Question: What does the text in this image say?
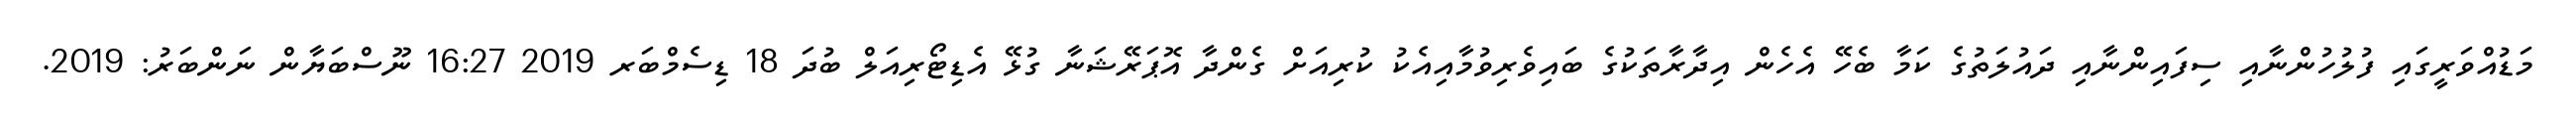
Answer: މަޑުއްވަރީގައި ފުލުހުންނާއި ސިފައިންނާއި ދައުލަތުގެ ކަމާ ބެހޭ އެހެން އިދާރާތަކުގެ ބައިވެރިވުމާއިއެކު ކުރިއަށް ގެންދާ އޮޕަރޭޝަނާ ގުޅޭ އެޑިޓޯރިއަލް ބުދަ 18 ޑިސެމްބަރ 2019 16:27 ނޫސްބަޔާން ނަންބަރު: 2019.